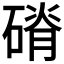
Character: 𥕂